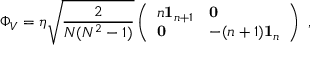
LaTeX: \Phi _ { V } = \eta \sqrt { \frac { 2 } { N ( N ^ { 2 } - 1 ) } } \left( \begin{array} { l l } { { n { \bf 1 } _ { n + 1 } } } & { { { \bf 0 } } } \\ { { { \bf 0 } } } & { { - ( n + 1 ) { \bf 1 } _ { n } } } \end{array} \right) \ ,